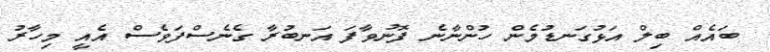
ބައެއް ބިލް އަޅުގަނޑުމެން ހުންނާނެ ފޮނުވާފަ އަނބުރާ ގެނެސްފަވެސް އެއީ މިހާރު